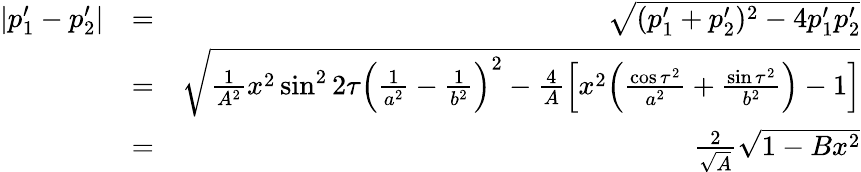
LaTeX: \begin{array}{rlr}{|p_{1}^{\prime}-p_{2}^{\prime}|}&{=}&{\sqrt{(p_{1}^{\prime}+p_{2}^{\prime})^{2}-4p_{1}^{\prime}p_{2}^{\prime}}}\\ &{=}&{\sqrt{\frac{1}{A^{2}}x^{2}\sin^{2}2\tau\Big(\frac{1}{a^{2}}-\frac{1}{b^{2}}\Big)^{2}-\frac{4}{A}\Big[x^{2}\Big(\frac{\cos\tau^{2}}{a^{2}}+\frac{\sin\tau^{2}}{b^{2}}\Big)-1\Big]}}\\ &{=}&{\frac{2}{\sqrt{A}}\sqrt{1-Bx^{2}}}\end{array}